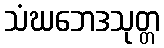
သံဃဘေဒသုတ္တ